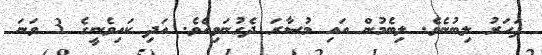
ފަހަރު ލިބުނެވެ. ލިބެމުން އައި މުސާރަ ދެގުނަވިއެވެ. އަދި ކައިވެނީގެ 3 ވަނަ